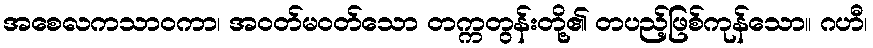
အစေလကသာဝကာ၊ အဝတ်မဝတ်သော တက္ကတွန်းတို့၏ တပည့်ဖြစ်ကုန်သော။ ဂဟီ၊